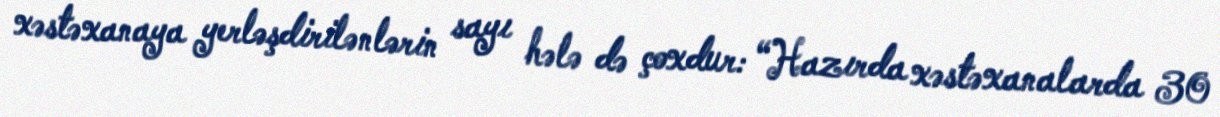
xəstəxanaya yerləşdirilənlərin sayı hələ də çoxdur: “Hazırda xəstəxanalarda 30